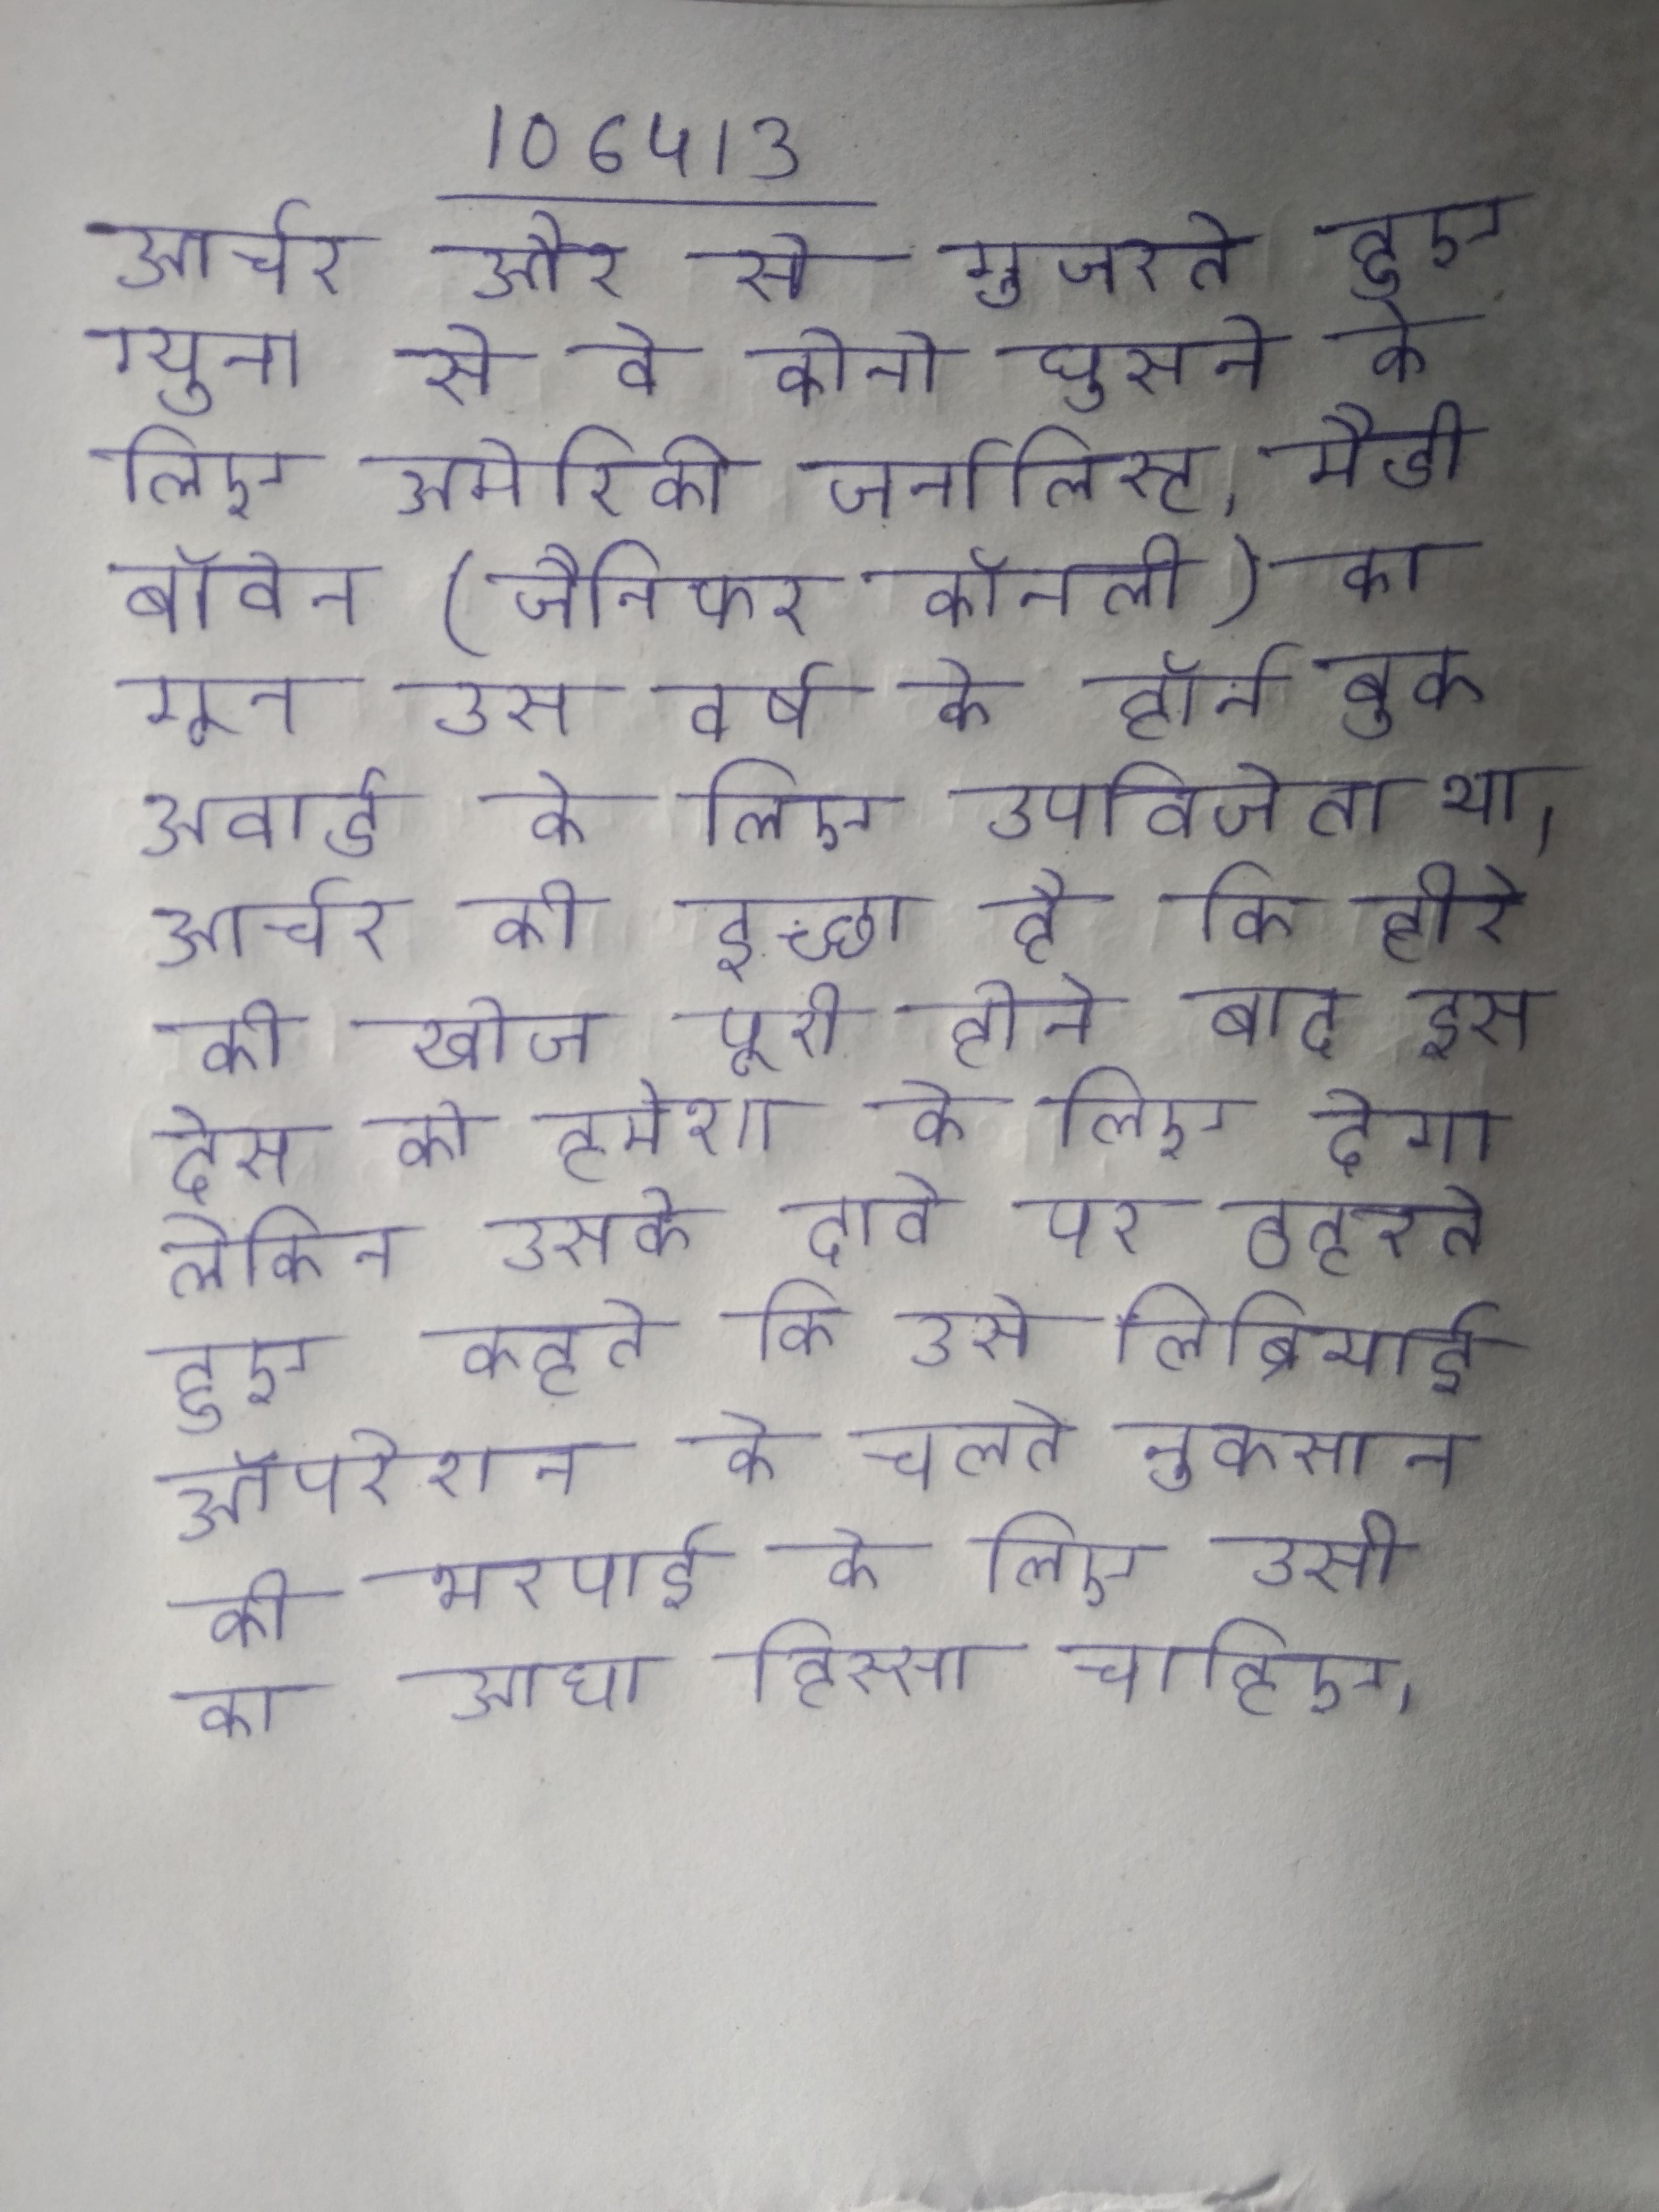
आर्चर और से गुजरते हुए ग्युना से वे कोनो घुसने के लिए अमेरिकी जर्नालिस्ट, मैडी बाॅवेन (जैनिफर काॅनली) का सहारा लेते । आर्चर का गून उस वर्ष के हॉर्न बुक अवार्ड के लिए उपविजेता था । आर्चर की इच्छा है कि हीरे की खोज पूरी होने बाद इस देश को हमेशा के लिए देगा, लेकिन उसके दावे पर ठहरते हुए कहते कि उसे लिब्रियाई ऑपरेशन के चलते नुकसान की भरपाई के लिए उसी का आधा हिस्सा चाहिए ।